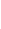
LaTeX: F\! \! \! \! \! \! \! \! \! \! \! \! ^{\! }\! \! \! \! \! \! \! \! \! \! \! +f\! \! \! \! \! \! \! \! \! \! \! \! (\! \! \! \! \! \! \! \! \! \! \! \! \mathbf{x}\! \! \! \! \! \! \! \! \! \! \! \! )F\! \! \! \! \! \! \! \! \! \! \! \! ^{\! }\! \! \! \! \! \! \! \! \! \! \! -f\! \! \! \! \! \! \! \! \! \! \! \! (\! \! \! \! \! \! \! \! \! \! \! \! \mathbf{x}\! \! \! \! \! \! \! \! \! \! \! \! )\! \! \! \! \! \! \! \! \! \! \! \! >\! \! \! \! \! \! \! \! \! \! \! \! 0\! \! \! \! \! \! \! \! \! \! \!